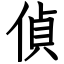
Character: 偵